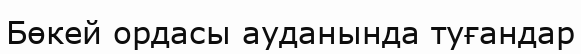
Бөкей ордасы ауданында туғандар